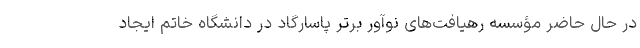
در حال حاضر مؤسسه رهیافت‌های نوآور برتر پاسارگاد در دانشگاه خاتم ایجاد